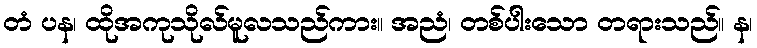
တံ ပန၊ ထိုအကုသိုလ်မူလသည်ကား။ အညံ၊ တစ်ပါးသော တရားသည်။ န၊